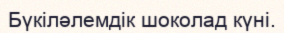
Бүкiләлемдiк шоколад күнi.